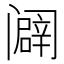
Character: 𰿾